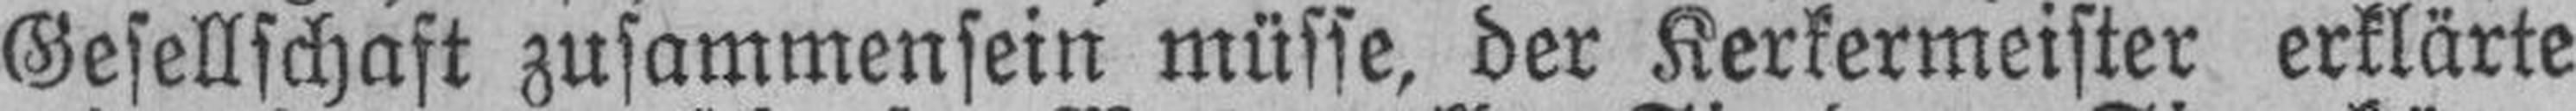
Gesellschaft Zusammensein müsse, der Kerkermeister erklärte